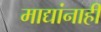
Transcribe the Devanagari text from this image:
माद्यांनाही